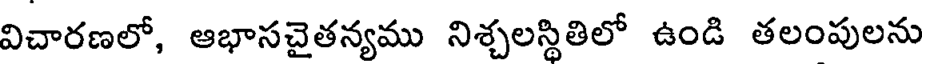
విచారణలో, ఆభాసచైతన్యము నిశ్చలస్థితిలో ఉండి తలంపులను